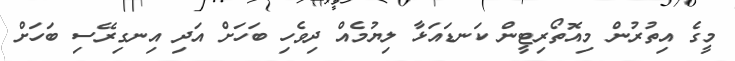
މީގެ އިތުރުން މިއޮތޯރިޓީން ކަނޑައަޅާ ލިޔުމެއް ދިވެހި ބަހަށް އަދި އިނގިރޭސި ބަހަށް